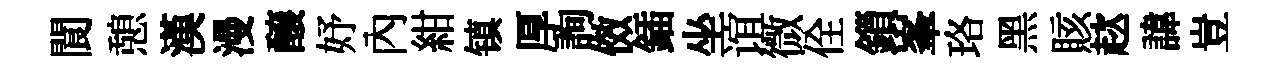
閬憩漢漫醸妤內紺镇厚詢傚鍤坐谊微佺鎻峯珞黑賅趑諱豈